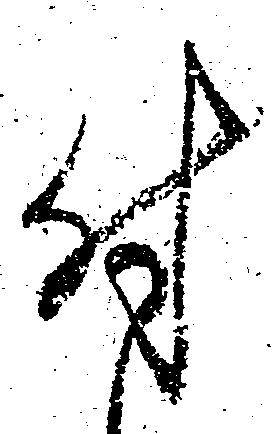
付